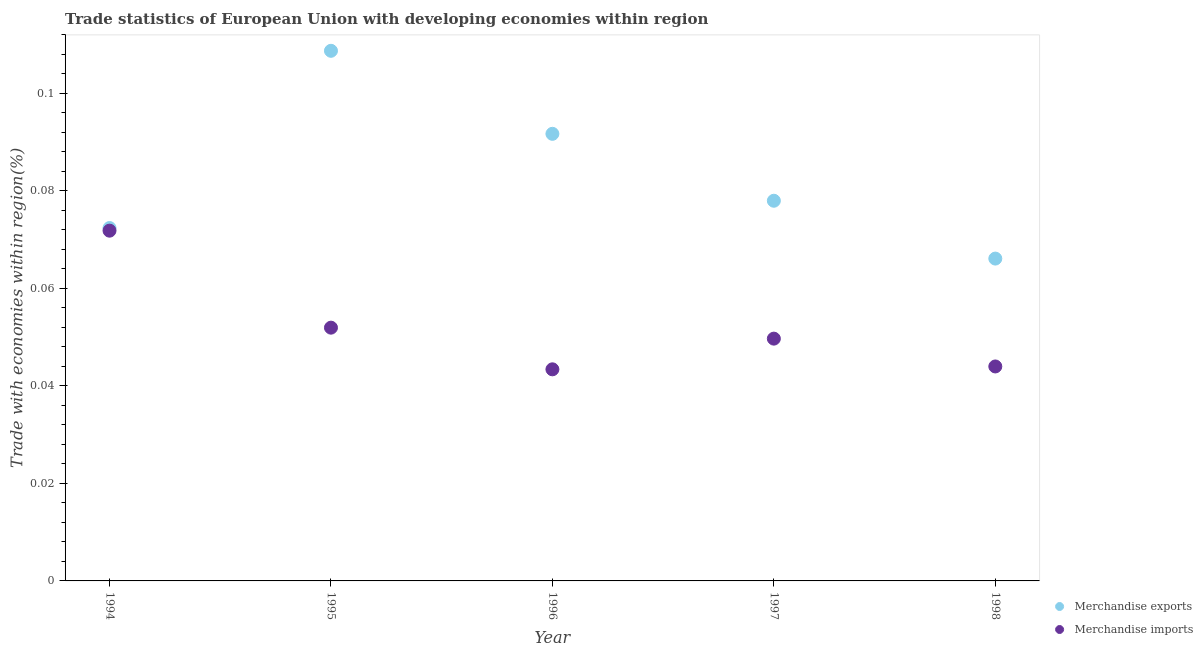
| Year | Merchandise exports | Merchandise imports |
 | --- | --- | --- |
 | 1994 | 0.0724 | 0.0719 |
 | 1995 | 0.109 | 0.052 |
 | 1996 | 0.0917 | 0.0434 |
 | 1997 | 0.078 | 0.0497 |
 | 1998 | 0.0661 | 0.044 |